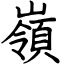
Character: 嶺